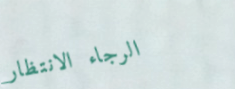
الرجاء الانتظار